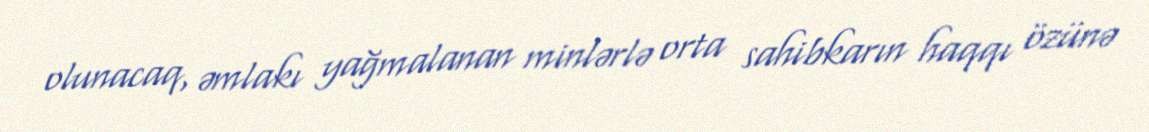
olunacaq, əmlakı yağmalanan minlərlə orta sahibkarın haqqı özünə